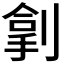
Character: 𫦏